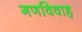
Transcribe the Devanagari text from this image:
गणविवाह